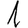
Digit: 1